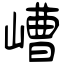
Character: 嶆